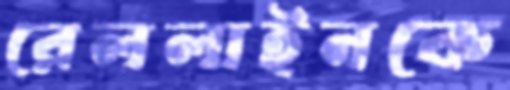
রেললাইনকে